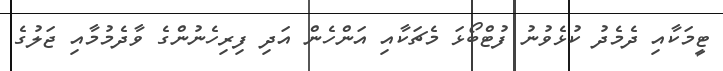
ޓީމަކާއި ދެމެދު ކުޅެވުނު ފުޓްބޯޅަ މެޗަކާއި އަންހެން އަދި ފިރިހެނުންގެ ވާދެމުމާއި ޖަލުގެ